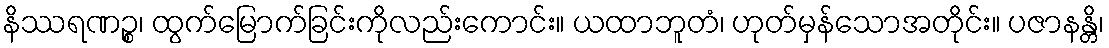
နိဿရဏဉ္စ၊ ထွက်မြောက်ခြင်းကိုလည်းကောင်း။ ယထာဘူတံ၊ ဟုတ်မှန်သောအတိုင်း။ ပဇာနန္တိ၊